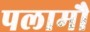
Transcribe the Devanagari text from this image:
पलामौ